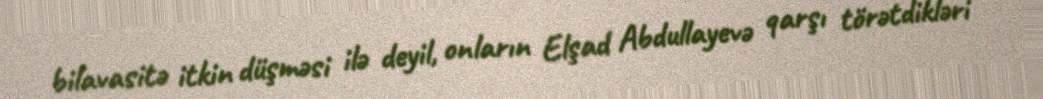
bilavasitə itkin düşməsi ilə deyil, onların Elşad Abdullayevə qarşı törətdikləri